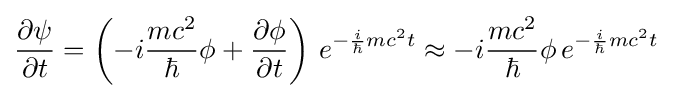
{\frac {\partial \psi }{\partial t}}=\left(-i{\frac {mc^{2}}{\hbar }}\phi +{\frac {\partial \phi }{\partial t}}\right)\,e^{-{\frac {i}{\hbar }}mc^{2}t}\approx -i{\frac {mc^{2}}{\hbar }}\phi \,e^{-{\frac {i}{\hbar }}mc^{2}t}